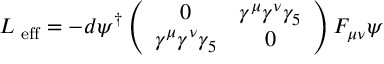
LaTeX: { \cal L } _ { \mathrm { \scriptsize ~ e f f } } = - d \psi ^ { \dagger } \left( \begin{array} { c c } { { 0 } } & { { \gamma ^ { \mu } \gamma ^ { \nu } \gamma _ { 5 } } } \\ { { \gamma ^ { \mu } \gamma ^ { \nu } \gamma _ { 5 } } } & { { 0 } } \end{array} \right) F _ { \mu \nu } \psi